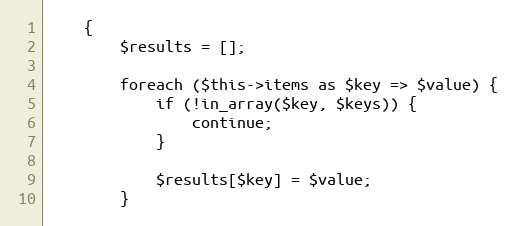
Language: PHP
    {
        $results = [];

        foreach ($this->items as $key => $value) {
            if (!in_array($key, $keys)) {
                continue;
            }

            $results[$key] = $value;
        }